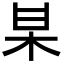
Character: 𭩱